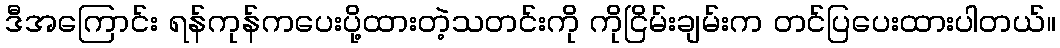
ဒီအကြောင်း ရန်ကုန်ကပေးပို့ထားတဲ့သတင်းကို ကိုငြိမ်းချမ်းက တင်ပြပေးထားပါတယ်။